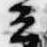
云